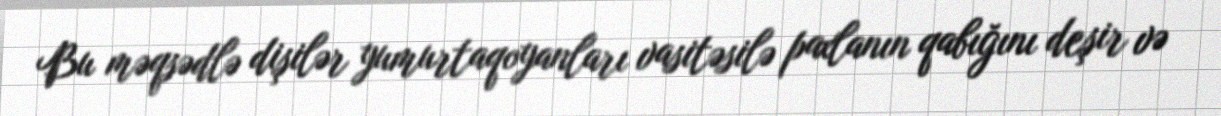
Bu məqsədlə dişilər yumurtaqoyanları vasitəsilə paxlanın qabığını deşir və